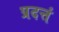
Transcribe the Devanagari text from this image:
प्रदत्तं